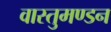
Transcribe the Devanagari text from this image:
वास्तुमण्डन